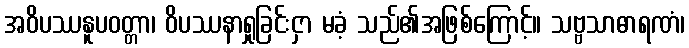
အဝိပဿနူပဝတ္တာ၊ ဝိပဿနာရှုခြင်းငှာ မခံ့ သည်၏အဖြစ်ကြောင့်။ သဗ္ဗသာဓာရဏံ၊